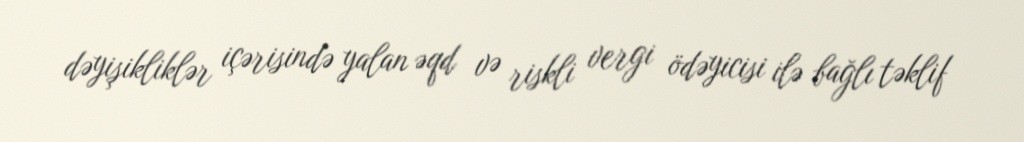
dəyişikliklər içərisində yalan əqd və riskli vergi ödəyicisi ilə bağlı təklif